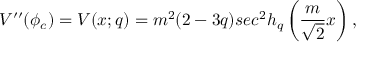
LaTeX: V ^ { \prime \prime } ( \phi _ { c } ) = V ( x ; q ) = m ^ { 2 } ( 2 - 3 q ) s e c ^ { 2 } h _ { q } \left( \frac { m } { \sqrt 2 } x \right) ,